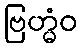
ဗြဟ္မံဝ